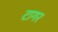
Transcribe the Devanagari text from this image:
टागर